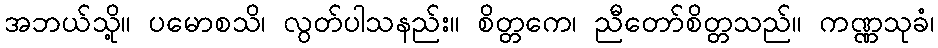
အဘယ်သို့။ ပမောစသိ၊ လွတ်ပါသနည်း။ စိတ္တကေ၊ ညီတော်စိတ္တသည်။ ကဏ္ဏသုခံ၊